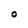
Character: O